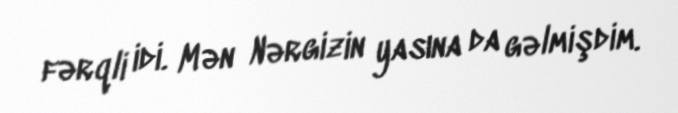
fərqli idi. Mən Nərgizin yasına da gəlmişdim.